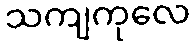
သကျကုလေ